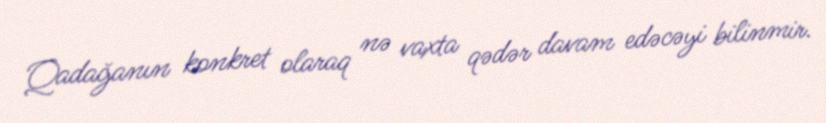
Qadağanın konkret olaraq nə vaxta qədər davam edəcəyi bilinmir.